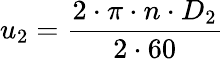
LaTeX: u_{2}=\frac{2\cdot\pi\cdot n\cdot D_{2}}{2\cdot 60}